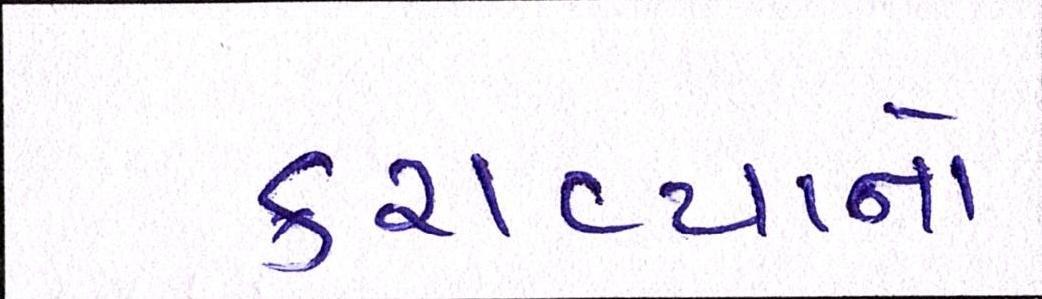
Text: કરાવ્યાનો